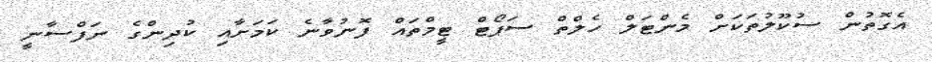
އެގޮތުން ސުކޫލުތަކަށް މެންޓަލް ހެލްތް ސަޕޯޓް ޓީމްތައް ފޮނުވާނެ ކަމަށާއި ކުދިންގެ ނަފްސާނީ